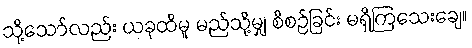
သို့သော်လည်း ယခုထိမူ မည်သို့မျှ စီစဉ်ခြင်း မရှိကြသေးချေ။